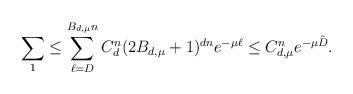
LaTeX: \begin{align*}\sum_1\leq \sum_{\ell=D}^{B_{d,\mu}n}C_d^n (2B_{d,\mu}+1)^{dn} e^{-\mu \ell}\leq C_{d,\mu}^n e^{-\mu \tilde{D}}.\end{align*}